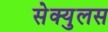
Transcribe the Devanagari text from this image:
सेक्युलस